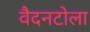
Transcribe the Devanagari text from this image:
वैदनटोला